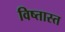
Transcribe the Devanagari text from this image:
विष्तास्त